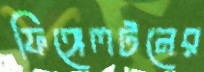
ফিঙ্গেলটনের